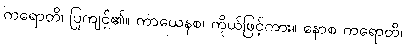
ကရောတိ၊ ပြုကျင့်၏။ ကာယေနစ၊ ကိုယ်ဖြင့်ကား။ နောစ ကရောတိ၊